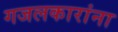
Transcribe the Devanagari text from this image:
गजलकारांना